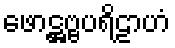
ဖောဋ္ဌဗ္ဗပရိဠာဟံ